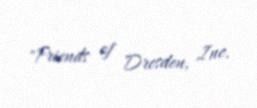
"Friends of Dresden, Inc.